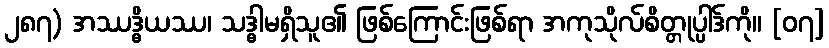
၂၈၇) အဿဒ္ဓိယဿ၊ သဒ္ဓါမရှိသူ၏ ဖြစ်ကြောင်းဖြစ်ရာ အကုသိုလ်စိတ္တုပ္ပါဒ်ကို။ [၀၇]